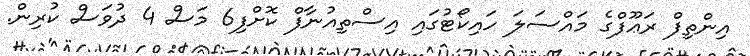
އިންތިފް ރަޢޫފްގެ މައްސަލަ ހައިކޯޓުގައި އިސްތިއުނާފް ކޮށްފި6 މަސް 4 ދުވަސް ކުރިން.